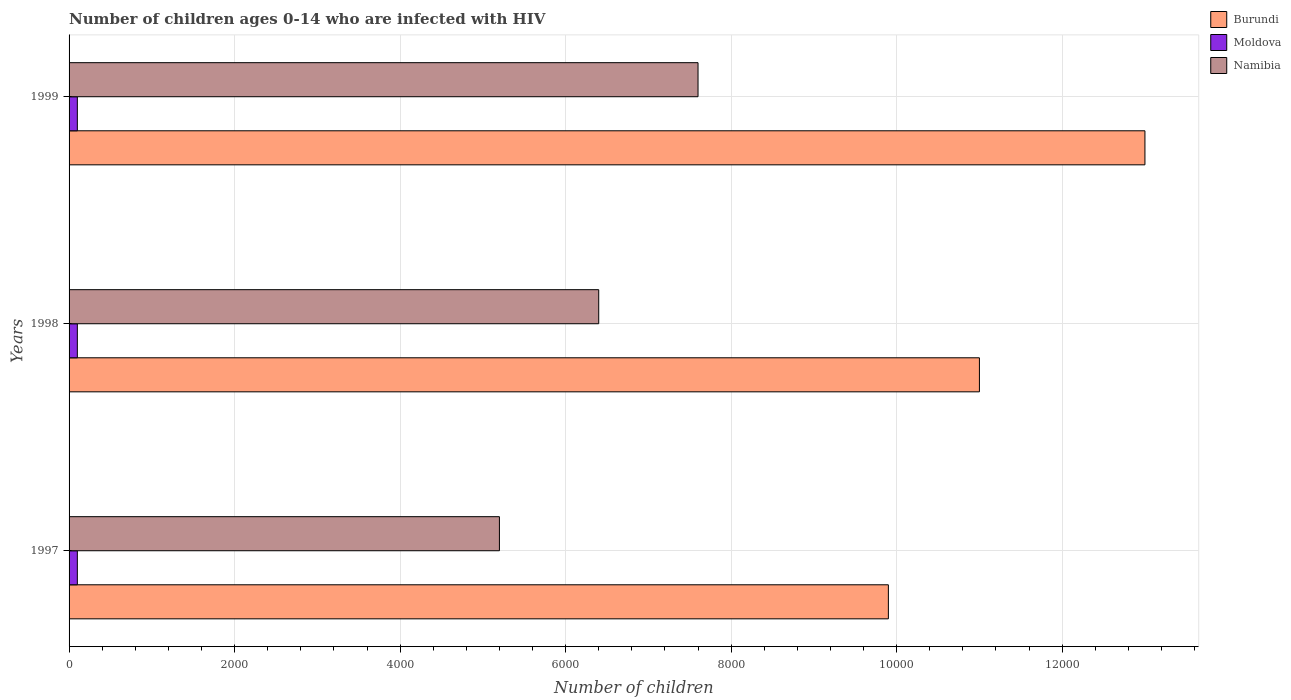
| Years | Burundi | Moldova | Namibia |
 | --- | --- | --- | --- |
 | 1997 | 9.9e+03 | 100 | 5.2e+03 |
 | 1998 | 1.1e+04 | 100 | 6.4e+03 |
 | 1999 | 1.3e+04 | 100 | 7.6e+03 |